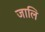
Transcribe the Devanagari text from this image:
जालि